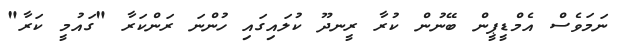
ނަމަވެސް އެމްޑީޕީން ބޭނުން ކުރާ ރީނދޫ ކުލައިގައި ހުންނަ ރަންކަރާ "ގައުމީ ކަރާ"